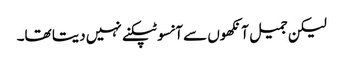
لیکن جمیل آنکھوں سے آنسو ٹپکنے نہیں دیتا تھا۔